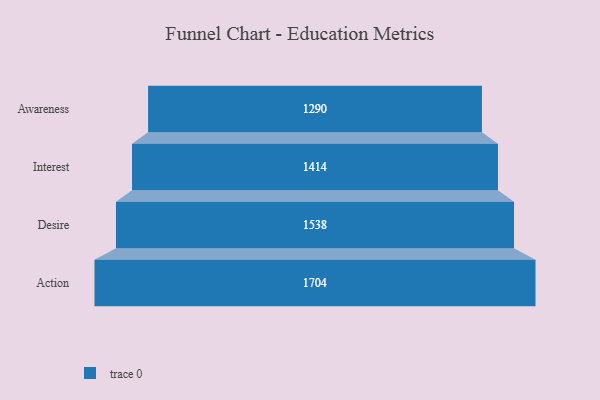
{"axis": {"x": "Stage", "y": "Value"}, "legend": [""], "data": [{"x": "Awareness", "y": 1290.0, "type": ""}, {"x": "Interest", "y": 1414.0, "type": ""}, {"x": "Desire", "y": 1538.0, "type": ""}, {"x": "Action", "y": 1704.0, "type": ""}]}